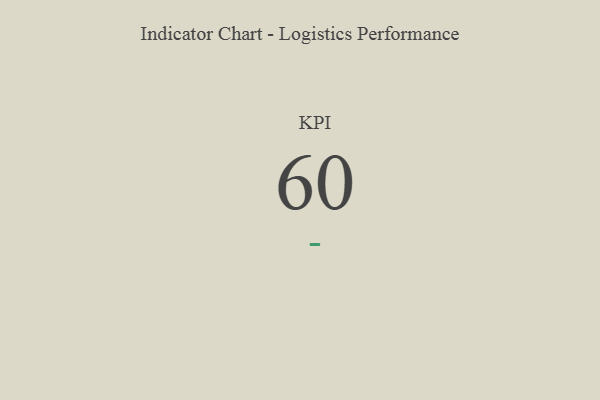
{"axis": {"x": "KPI", "y": "Value"}, "legend": [""], "data": [{"x": "KPI", "y": 60, "type": ""}]}